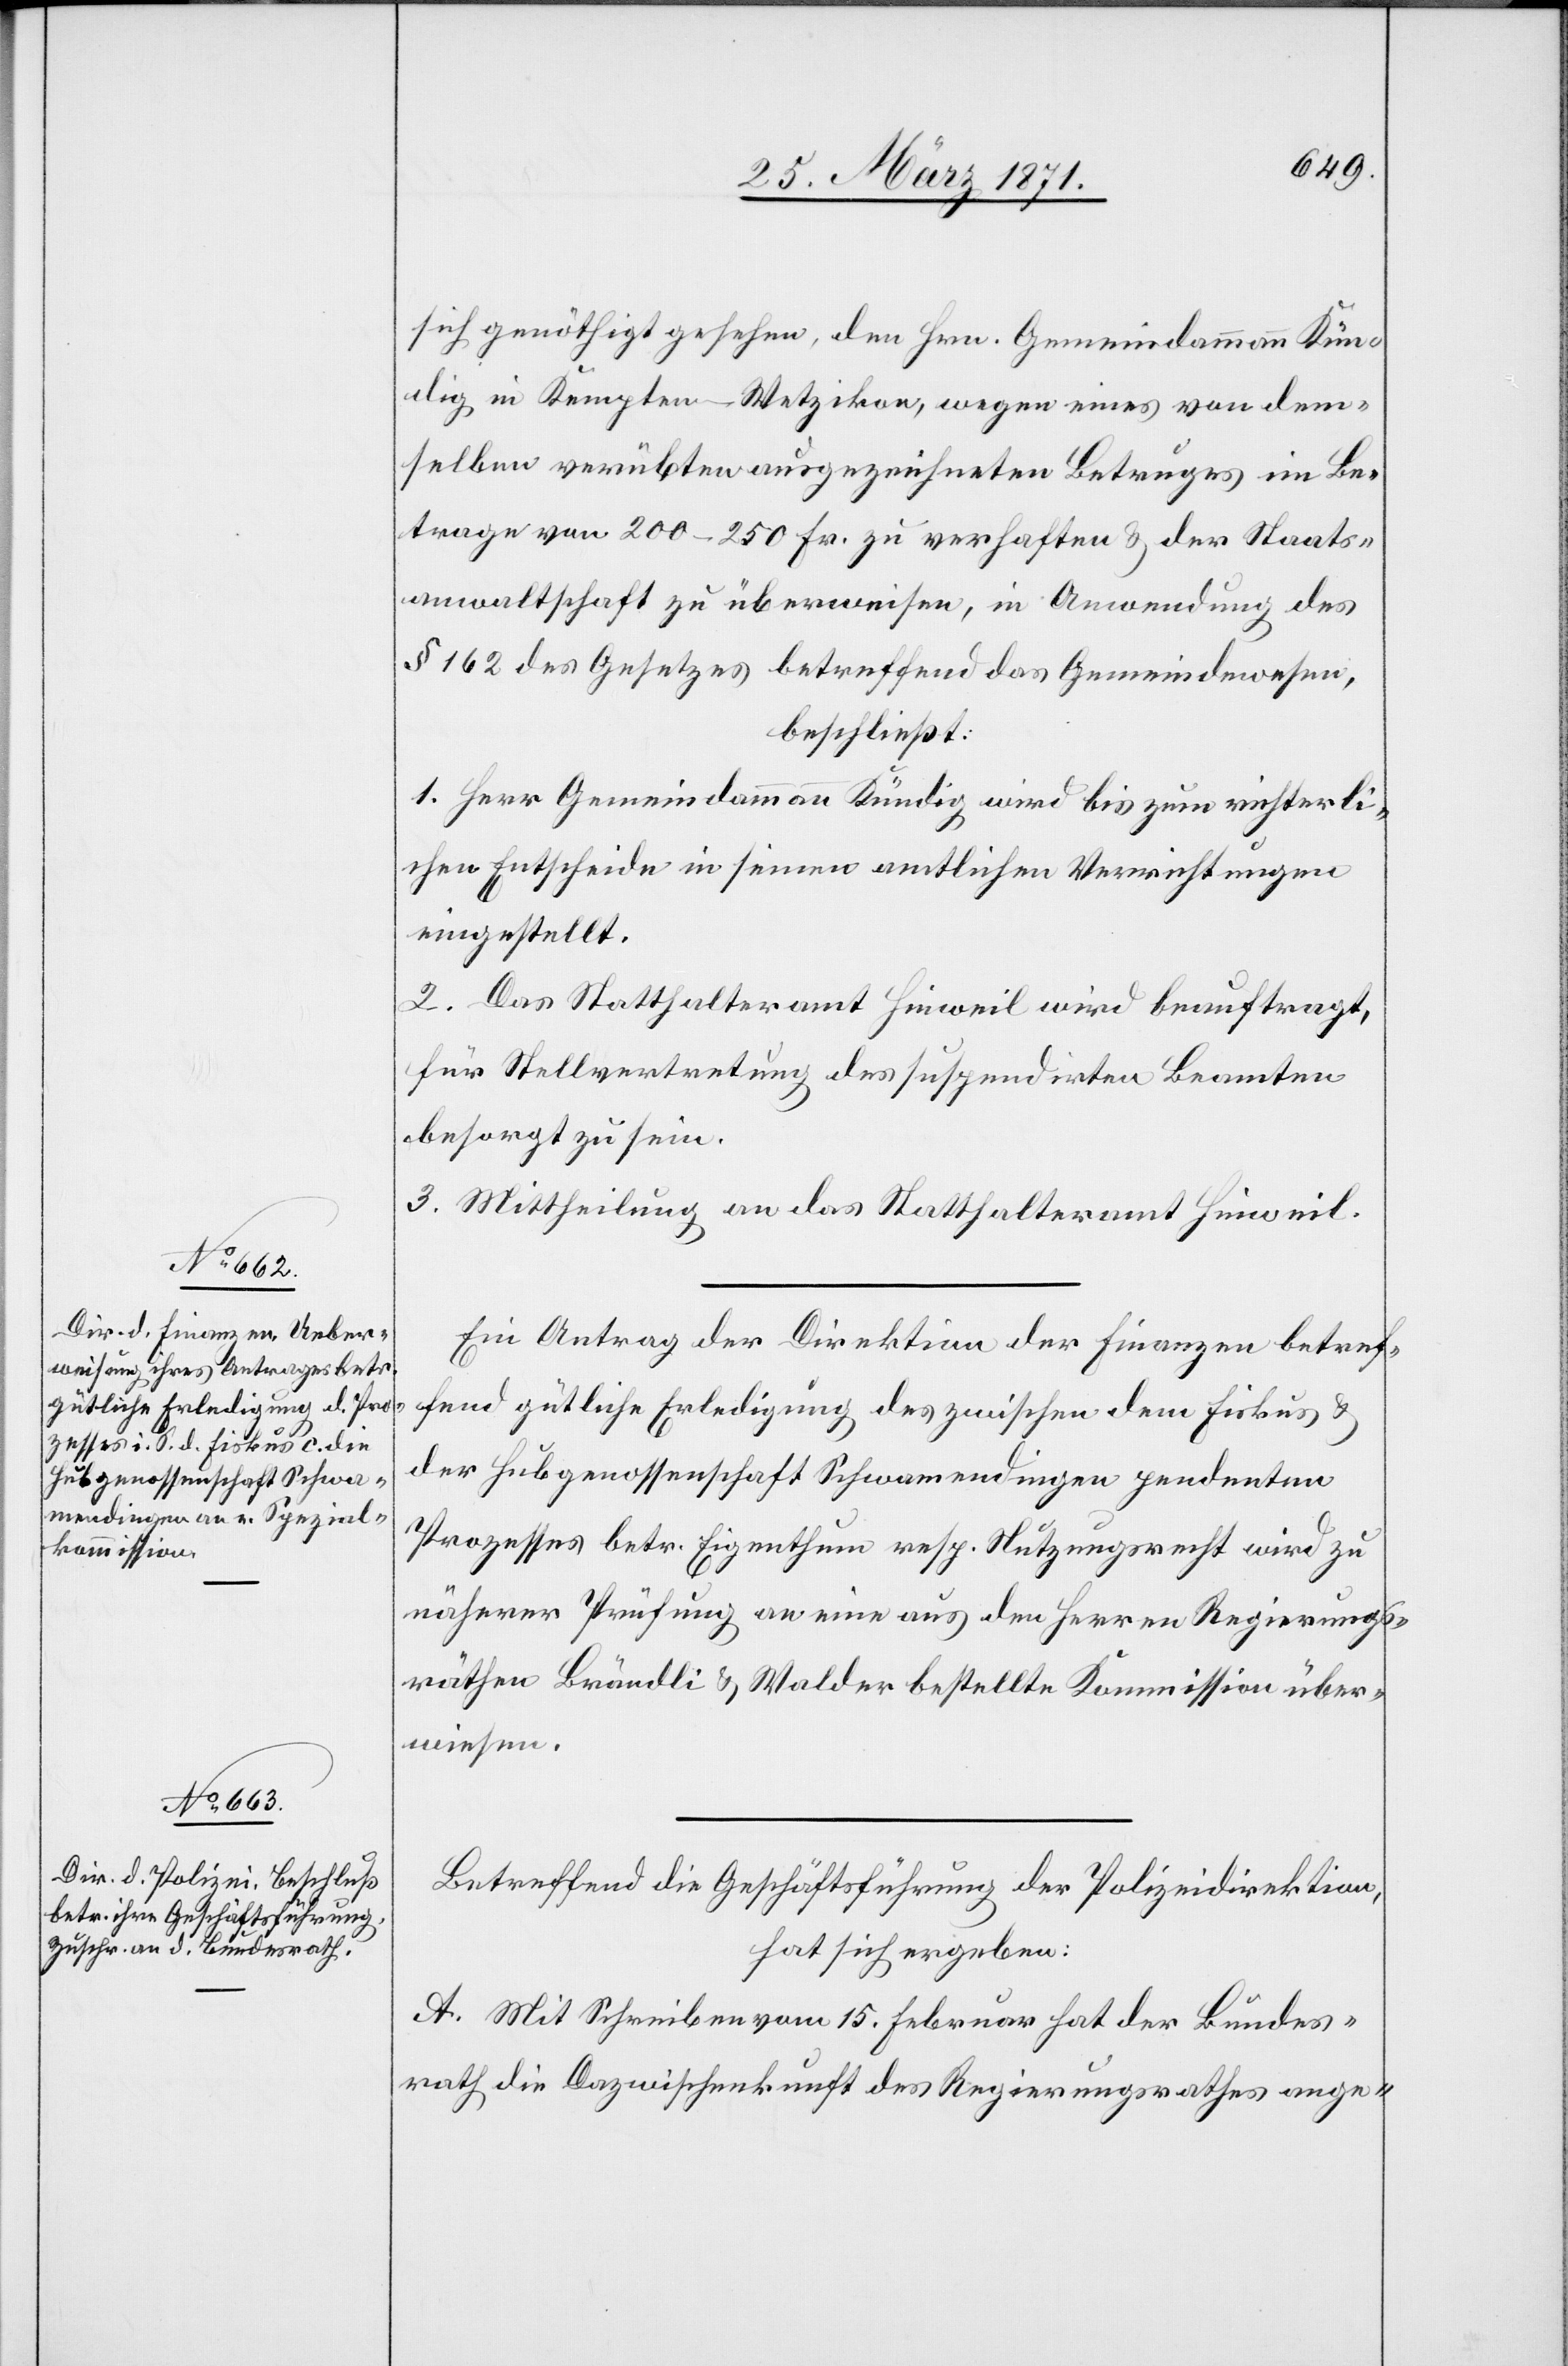
sich genöthigt gesehen, den Hrn. Gemeindammann Künd¬
ig in Kempten-Wetzikon, wegen eines von dem¬
selben verübten ausgezeichneten Betruges im Be¬
trages von 200–250 Fr. zu verhaften u. der Staats¬
anwaltschaft zu überweisen, in Anwendung des
§ 162 des Gesetzes betreffend das Gemeindewesen,
beschließt:
1. Herr Gemeindammann Kündig wird bis zum richterli¬
chen Entscheide in seinen amtlichen Verrichtungen
eingestellt.
2. Das Statthalteramt Hinweil wird beauftragt,
für Stellvertretung des suspendirten Beamten
besorgt zu sein.
3. Mittheilung an das Statthalteramt Hinweil.
Ein Antrag der Direktion der Finanzen betref¬
fend gütliche Erledigung des zwischen dem Fiskus u.
der Hubgenossenschaft Schwamendingen pendenten
Prozesses betr. Eigenthum resp. Nutzungsrecht wird zu
näherer Prüfung an eine aus den Herren Regierungs¬
räthen Brändli u. Walder bestellte Kommission über¬
wiesen.
Betreffend die Geschäftsführung der Polizeidirektion,
hat sich ergeben:
A. Mit Schreiben vom 15. Februar hat der Bundes¬
rath die Dazwischenkunft des Regierungsrathes ange-